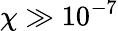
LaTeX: \chi\gg 10^{-7}